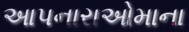
આપનારાઓમાના